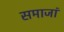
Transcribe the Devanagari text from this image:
समाजां